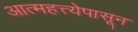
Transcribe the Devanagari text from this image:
आत्महत्त्येपासून